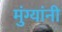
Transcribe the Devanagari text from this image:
मुंग्यांनी